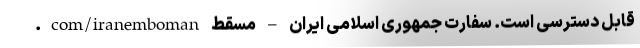
.com/iranemboman قابل دسترسی است. سفارت جمهوری اسلامی ایران – مسقط